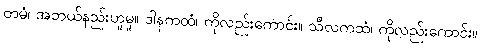
တမံ၊ အဘယ်နည်းဟူမူ။ ဒါနကထံ၊ ကိုလည်းကောင်း။ သီလကထံ၊ ကိုလည်းကောင်း။